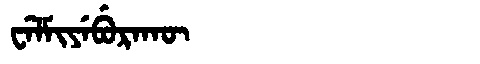
Manchu: ᠸᡝᠯᠮᡳᠶᡝᠪᡠᡵᠠᡴᡡ
Romanization: WELMIYEBURAKŪ